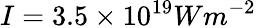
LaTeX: I=3.5\times 10^{19}Wm^{-2}